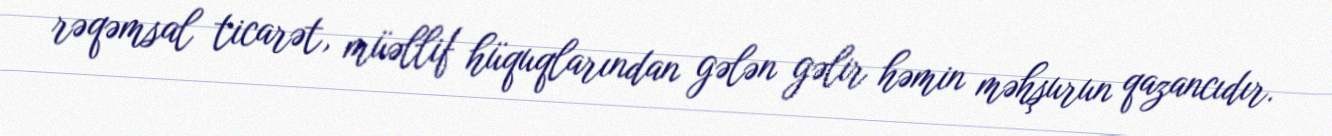
rəqəmsal ticarət, müəllif hüquqlarından gələn gəlir həmin məhşurun qazancıdır.